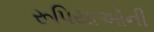
રૂપિયાઓની